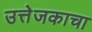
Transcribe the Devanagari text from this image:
उत्तेजकाचा